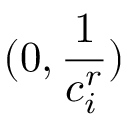
( 0 , \frac { 1 } { c _ { i } ^ { r } } )